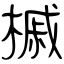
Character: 槭